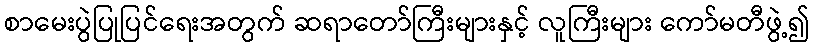
စာမေးပွဲပြုပြင်ရေးအတွက် ဆရာတော်ကြီးများနှင့် လူကြီးများ ကော်မတီဖွဲ့၍